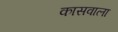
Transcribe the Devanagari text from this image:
कासवाला